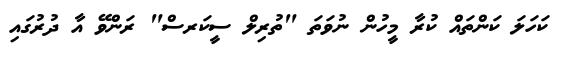
ކަހަލަ ކަންތައް ކުރާ މީހުން ނުވަތަ "ތުރިލް ސީކަރސް" ރަންވޭ އާ ދުރުގައި